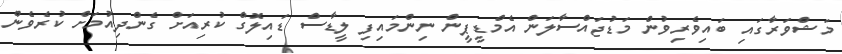
މަޝްވަރާގައި ބައިވެރިވުން މަޑުޖައްސާލަން އެމްޑީޕީން ނިންމައިފި ލީޑާސް ޑައިލޮގް ކުރިއަށް ގެންދިއުމަށް ކުރެވެން